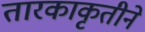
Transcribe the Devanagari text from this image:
तारकाकृतीने